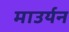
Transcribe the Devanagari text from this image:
माउर्यन